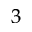
^ 3